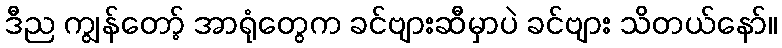
ဒီည ကျွန်တော့် အာရုံတွေက ခင်ဗျားဆီမှာပဲ ခင်ဗျား သိတယ်နော်။